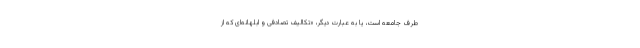
طرف جامعه است، یا به عبارت دیگر، «تکالیف تصادفی و ابلهانه‌ای که از